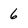
Character: 6